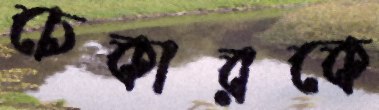
চেকারকে